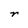
Character: r